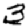
Digit: 3